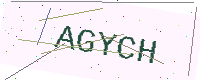
Text: AGYCH